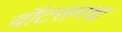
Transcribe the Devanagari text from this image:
वॉटसनचा